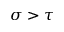
\sigma > \tau